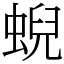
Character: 蜺